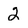
Character: 2